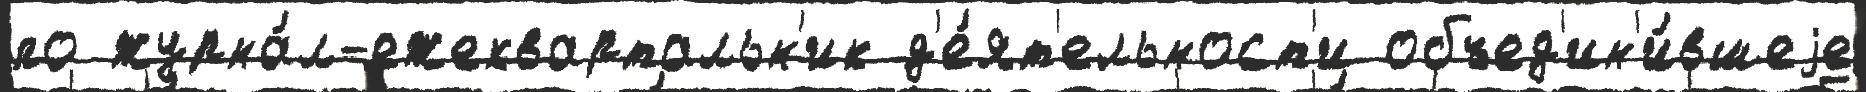
по журна́л-ежеквартальн'ик д'е́ят'ельност'и объед'ин'и́вшеjе